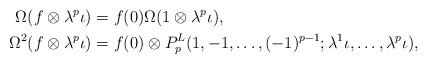
LaTeX: \begin{align*}\Omega(f \otimes \lambda^p \iota) &= f(0) \Omega(1 \otimes \lambda^p\iota), \\\Omega^2(f \otimes \lambda^p \iota) &= f(0) \otimes P^L_p(1, -1, \dots, (-1)^{p-1}; \lambda^1 \iota, \dots, \lambda^p \iota),\end{align*}